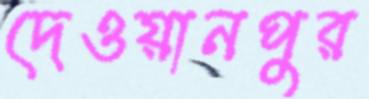
দেওয়ানপুর